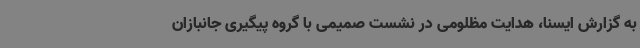
به گزارش ایسنا، هدایت مظلومی در نشست صمیمی با گروه پیگیری جانبازان